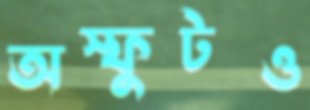
অস্ফুটও